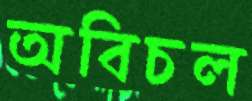
অবিচল